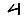
Digit: 4